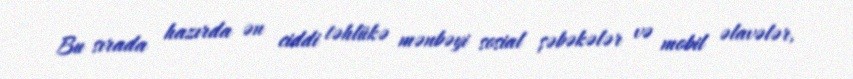
Bu sırada hazırda ən ciddi təhlükə mənbəyi sosial şəbəkələr və mobil əlavələr,